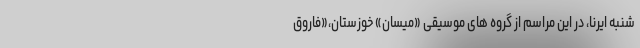
شنبه ایرنا، در این مراسم از گروه های موسیقی «میسان» خوزستان،«فاروق